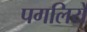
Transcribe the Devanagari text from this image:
पगलिये